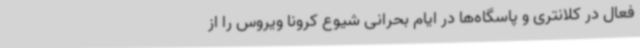
فعال در کلانتری و پاسگاه‌ها در ایام بحرانی شیوع کرونا ویروس را از